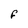
Character: F